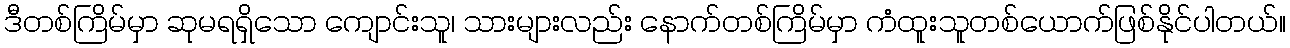
ဒီတစ်ကြိမ်မှာ ဆုမရရှိသော ကျောင်းသူ၊ သားများလည်း နောက်တစ်ကြိမ်မှာ ကံထူးသူတစ်ယောက်ဖြစ်နိုင်ပါတယ်။